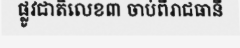
ផ្លូវជាតិលេខ៣ ចាប់ពីរាជធានី